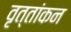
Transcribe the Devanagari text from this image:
वृत्तांकन